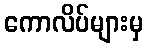
ကောလိပ်များမှ